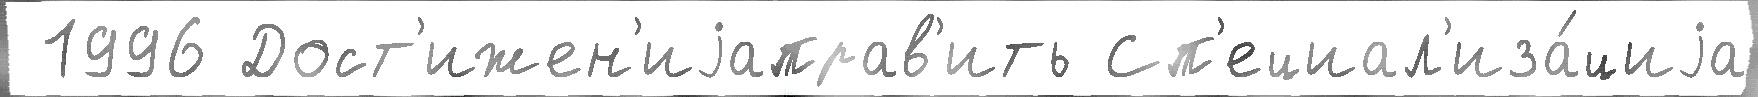
 1996 Дост'ижен'иjаправ'ить Сп'ециал'иза́циjа